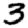
Digit: 3